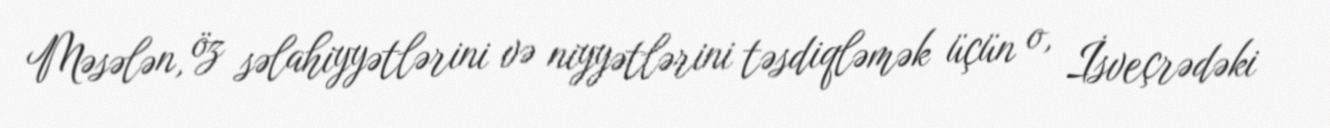
Məsələn, öz səlahiyyətlərini və niyyətlərini təsdiqləmək üçün o, İsveçrədəki